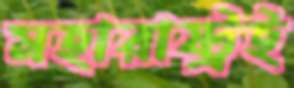
মহারাষ্ট্রই